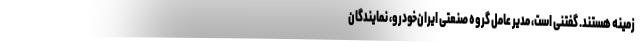
زمینه هستند. گفتنی است، مدیر عامل گروه صنعتی ایران‌خودرو، نمایندگان